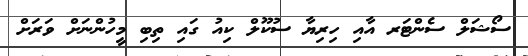
ސޯޝަލް ސެންޓަރ އާއި ހިރިޔާ ސުކޫލް ކިއު ގައި ތިބި މީހުންނަށް ވަރަށް